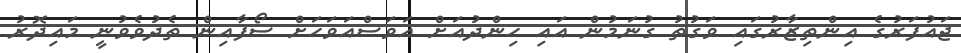
ޖައުފަރުގެ އިންތިޒާރުގައި ވަގުތު ގުނަމުން އައި ހިންދުއަށް އަވަސްއަވަހަށް ސޯފާއިން ތެދުވެވުނީ މައިދޮރު